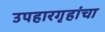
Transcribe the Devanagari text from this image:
उपहारगृहांचा